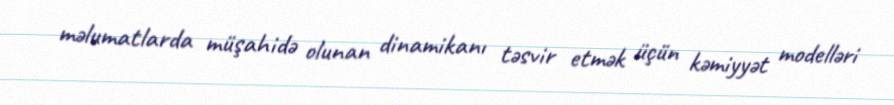
məlumatlarda müşahidə olunan dinamikanı təsvir etmək üçün kəmiyyət modelləri